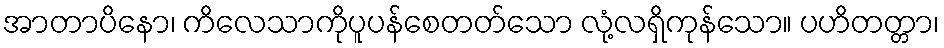
အာတာပိနော၊ ကိလေသာကိုပူပန်စေတတ်သော လုံ့လရှိကုန်သော။ ပဟိတတ္တာ၊